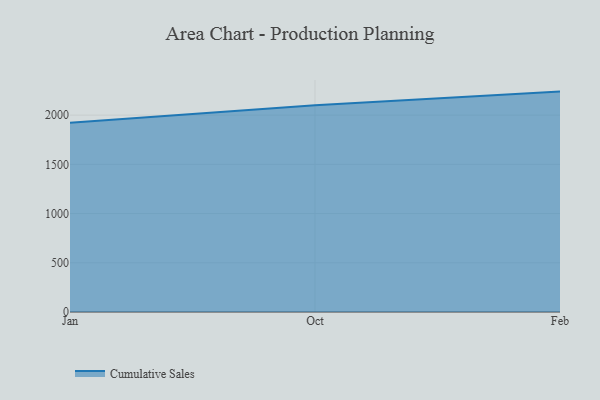
{"axis": {"x": "Month", "y": "Shipments"}, "legend": ["Cumulative Sales"], "data": [{"x": "Jan", "y": 1922.3, "type": "Cumulative Sales"}, {"x": "Oct", "y": 2099.1, "type": "Cumulative Sales"}, {"x": "Feb", "y": 2238.8, "type": "Cumulative Sales"}]}